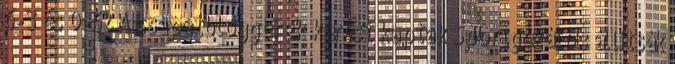
6-3 és 0-6? A csapatbloggerek kérést kaptak Sportgézától: állítsák